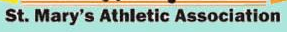
St. Mary's Athletic Association